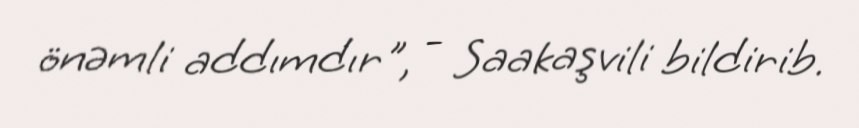
önəmli addımdır", - Saakaşvili bildirib.